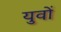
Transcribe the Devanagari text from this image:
युवों